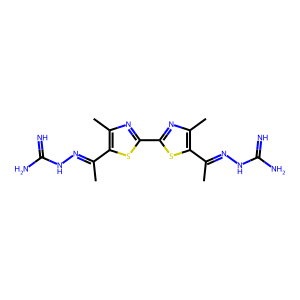
SMILES: CC(=NNC(=N)N)c1sc(-c2nc(C)c(C(C)=NNC(=N)N)s2)nc1C
Inhibits HIV replication: No